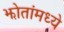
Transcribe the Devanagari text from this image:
झोतांमध्ये